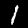
Digit: 1